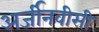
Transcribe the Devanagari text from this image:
अर्जीनवीसी